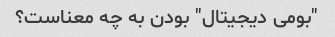
"بومی دیجیتال" بودن به چه معناست؟